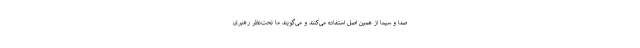
صدا و سیما از همین اصل استفاده می‌کنند و می‌گویند ما تحت‌نظر رهبری